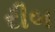
રીબ